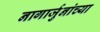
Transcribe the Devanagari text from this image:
नागार्जुनांच्या